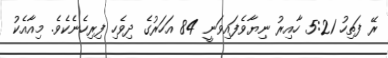
ރޭ ފަތިހު 5:21 ހާއިރު ނިޔާވެފައިވަނީ 84 އަހަރުގެ ދިވެހި ފިރިހެނެކެވެ. މިއާއެކު